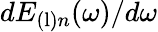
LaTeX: dE_{\mathrm{(l)}n}(\omega)/d\omega